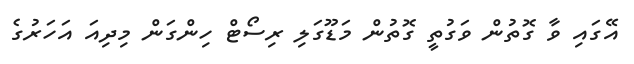
އޭގައި ވާ ގޮތުން ވަގުތީ ގޮތުން މަޑޫގަލި ރިސޯޓް ހިންގަން މިދިއަ އަހަރުގެ